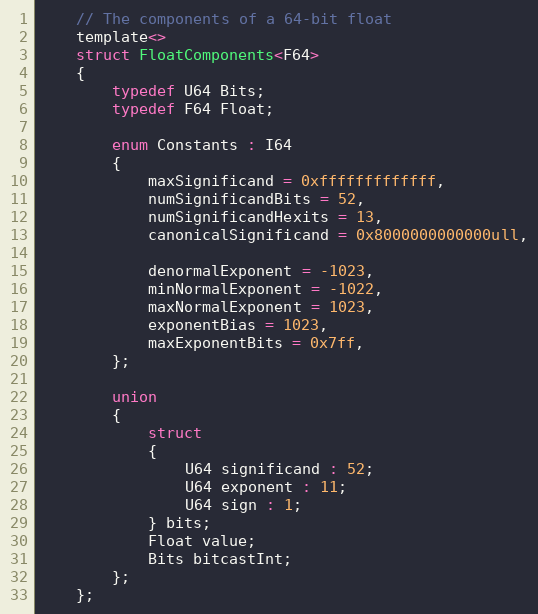
Language: C
	// The components of a 64-bit float
	template<>
	struct FloatComponents<F64>
	{
		typedef U64 Bits;
		typedef F64 Float;

		enum Constants : I64
		{
			maxSignificand = 0xfffffffffffff,
			numSignificandBits = 52,
			numSignificandHexits = 13,
			canonicalSignificand = 0x8000000000000ull,

			denormalExponent = -1023,
			minNormalExponent = -1022,
			maxNormalExponent = 1023,
			exponentBias = 1023,
			maxExponentBits = 0x7ff,
		};

		union
		{
			struct
			{
				U64 significand : 52;
				U64 exponent : 11;
				U64 sign : 1;
			} bits;
			Float value;
			Bits bitcastInt;
		};
	};